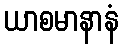
ယာစမာနာနံ